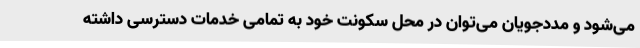
می‌شود و مددجویان می‌توان در محل سکونت خود به تمامی خدمات دسترسی داشته